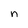
Character: n